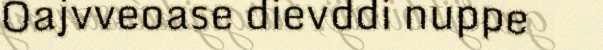
Oajvveoase dievddi nuppe